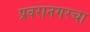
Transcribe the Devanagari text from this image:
प्रवरानगरचा